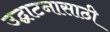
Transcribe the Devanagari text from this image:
उद्घाटनासाठी